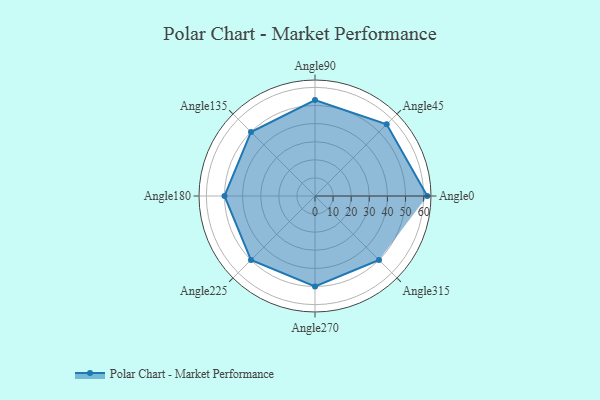
{"axis": {"x": "Angle", "y": "Radius"}, "legend": [""], "data": [{"x": "Angle0", "y": 62.0, "type": ""}, {"x": "Angle45", "y": 56.0, "type": ""}, {"x": "Angle90", "y": 53.0, "type": ""}, {"x": "Angle135", "y": 50, "type": ""}, {"x": "Angle180", "y": 50, "type": ""}, {"x": "Angle225", "y": 50, "type": ""}, {"x": "Angle270", "y": 50, "type": ""}, {"x": "Angle315", "y": 50, "type": ""}]}